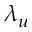
\lambda _ { u }